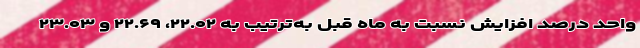
واحد درصد افزایش نسبت به ماه قبل به‌ترتیب به ۲۲.۰۲، ۲۲.۶۹ و ۲۳.۰۳